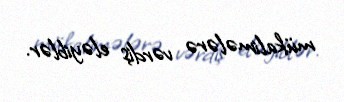
mükalimələrə vərdiş eləyiblər.